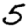
Digit: 5